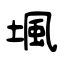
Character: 堸